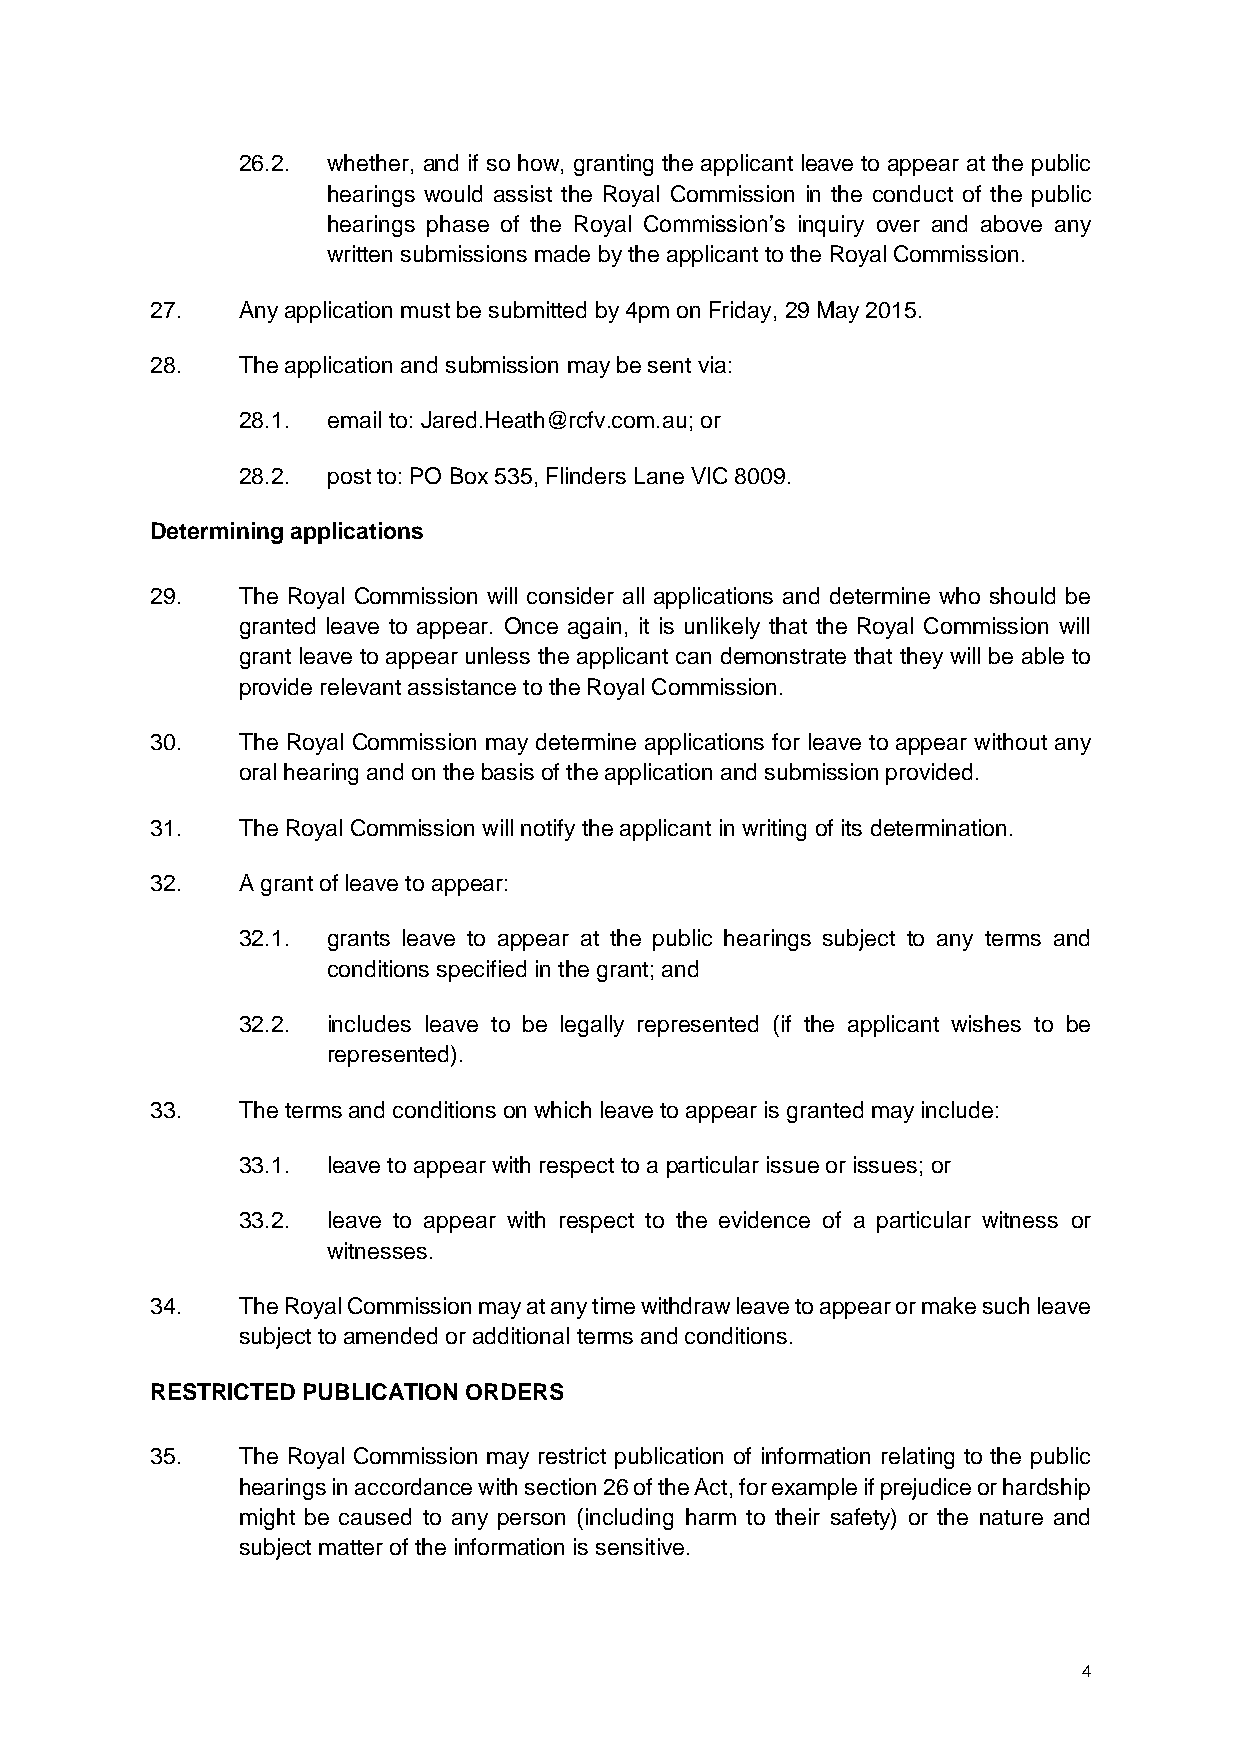
26.2. whether, and if so how, granting the applicant leave to appear at the public
 hearings would assist the Royal Commission in the conduct of the public
 hearings phase of the Royal Commission’s inquiry over and above any
 written submissions made by the applicant to the Royal Commission.
 27.   Any application must be submitted by 4pm on Friday, 29 May 2015.
 28.   The application and submission may be sent via:
 28.1. email to: Jared.Heath@rcfv.com.au; or
 28.2. post to: PO Box 535, Flinders Lane VIC 8009.
 Determining applications
 29.   The Royal Commission will consider all applications and determine who should be
 granted leave to appear. Once again, it is unlikely that the Royal Commission will
 grant leave to appear unless the applicant can demonstrate that they will be able to
 provide relevant assistance to the Royal Commission.
 30.   The Royal Commission may determine applications for leave to appear without any
 oral hearing and on the basis of the application and submission provided.
 31.   The Royal Commission will notify the applicant in writing of its determination.
 32.   A grant of leave to appear:
 32.1. grants leave to appear at the public hearings subject to any terms and
 conditions specified in the grant; and
 32.2. includes leave to be legally represented (if the applicant wishes to be
 represented).
 33.   The terms and conditions on which leave to appear is granted may include:
 33.1. leave to appear with respect to a particular issue or issues; or
 33.2. leave to appear with respect to the evidence of a particular witness or
 witnesses.
 34.   The Royal Commission may at any time withdraw leave to appear or make such leave
 subject to amended or additional terms and conditions.
 RESTRICTED PUBLICATION ORDERS
 35.   The Royal Commission may restrict publication of information relating to the public
 hearings in accordance with section 26 of the Act, for example if prejudice or hardship
 might be caused to any person (including harm to their safety) or the nature and
 subject matter of the information is sensitive.
 4